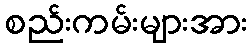
စည်းကမ်းများအား